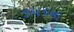
૩૫૬ના